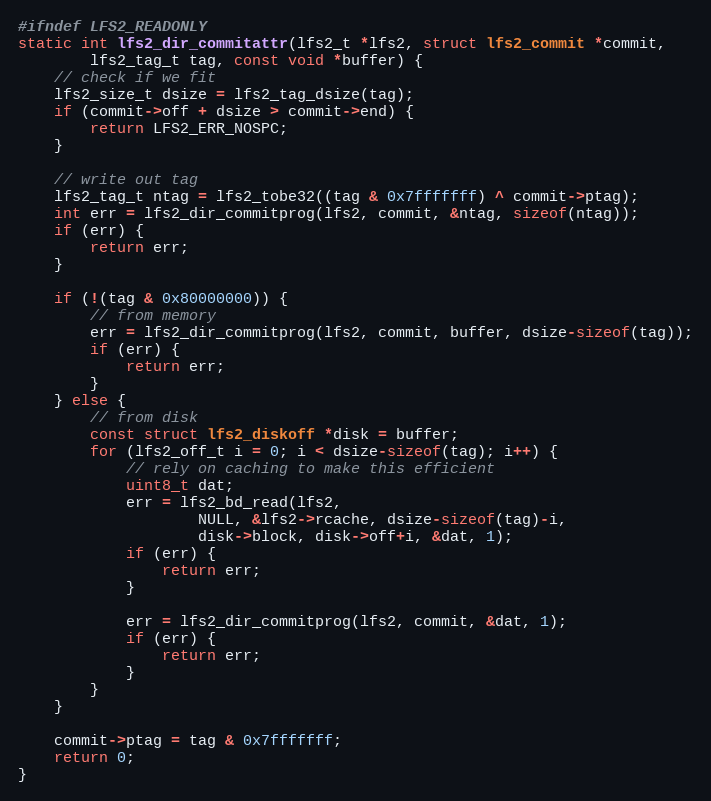
Language: C
#ifndef LFS2_READONLY
static int lfs2_dir_commitattr(lfs2_t *lfs2, struct lfs2_commit *commit,
        lfs2_tag_t tag, const void *buffer) {
    // check if we fit
    lfs2_size_t dsize = lfs2_tag_dsize(tag);
    if (commit->off + dsize > commit->end) {
        return LFS2_ERR_NOSPC;
    }

    // write out tag
    lfs2_tag_t ntag = lfs2_tobe32((tag & 0x7fffffff) ^ commit->ptag);
    int err = lfs2_dir_commitprog(lfs2, commit, &ntag, sizeof(ntag));
    if (err) {
        return err;
    }

    if (!(tag & 0x80000000)) {
        // from memory
        err = lfs2_dir_commitprog(lfs2, commit, buffer, dsize-sizeof(tag));
        if (err) {
            return err;
        }
    } else {
        // from disk
        const struct lfs2_diskoff *disk = buffer;
        for (lfs2_off_t i = 0; i < dsize-sizeof(tag); i++) {
            // rely on caching to make this efficient
            uint8_t dat;
            err = lfs2_bd_read(lfs2,
                    NULL, &lfs2->rcache, dsize-sizeof(tag)-i,
                    disk->block, disk->off+i, &dat, 1);
            if (err) {
                return err;
            }

            err = lfs2_dir_commitprog(lfs2, commit, &dat, 1);
            if (err) {
                return err;
            }
        }
    }

    commit->ptag = tag & 0x7fffffff;
    return 0;
}